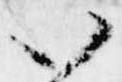
い